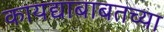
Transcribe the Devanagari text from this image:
कायद्याबाबतच्या